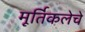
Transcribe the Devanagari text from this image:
मूर्तिकलेचे